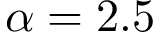
\alpha = 2 . 5